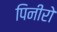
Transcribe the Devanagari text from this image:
पिनीरो